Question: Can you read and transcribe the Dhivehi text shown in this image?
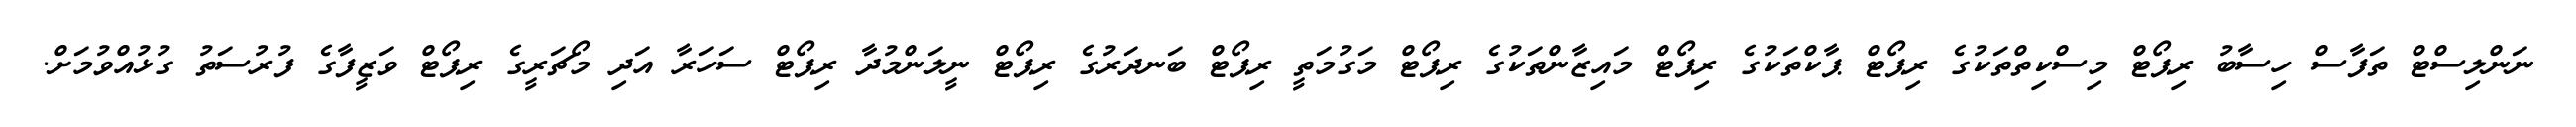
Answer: ނަންލިސްޓް ތަފާސް ހިސާބު ރިޕޯޓް މިސްކިތްތަކުގެ ރިޕޯޓް ޕާކްތަކުގެ ރިޕޯޓް މައިޒާންތަކުގެ ރިޕޯޓް މަގުމަތީ ރިޕޯޓް ބަނދަރުގެ ރިޕޯޓް ނީލަންމުދާ ރިޕޯޓް ސަހަރާ އަދި މޯޗަރީގެ ރިޕޯޓް ވަޒީފާގެ ފުރުސަތު ގުޅުއްވުމަށް.